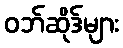
ဝဘ်ဆိုဒ်များ